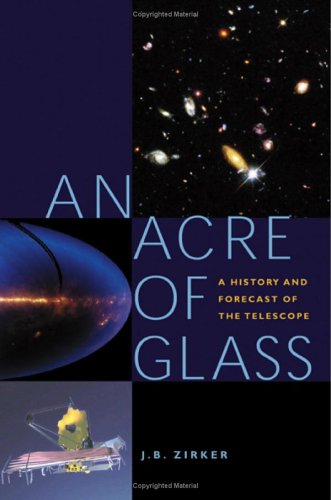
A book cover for An Acre of Glass: A History and Forecast of the Telescope; J. B. Zirker; Science & Math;